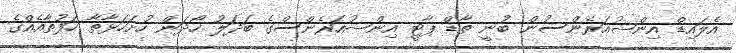
އެލައިޑް އިންޝުއަރެންސުން ބުނީ ތާޑް ޕާޓީ އިންޝުއަރެންސްގެ ބަދަލު ހޯދަން ހުށަހަޅާތާ ހަފުތާއެއްގެ